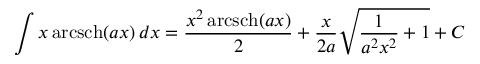
\int x \operatorname { a r c s c h } ( a x ) \, d x = { \frac { x ^ { 2 } \operatorname { a r c s c h } ( a x ) } { 2 } } + { \frac { x } { 2 a } } { \sqrt { { \frac { 1 } { a ^ { 2 } x ^ { 2 } } } + 1 } } + C